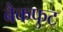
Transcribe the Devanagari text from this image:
बैकफुट